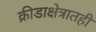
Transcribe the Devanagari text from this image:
क्रीडाक्षेत्रातही